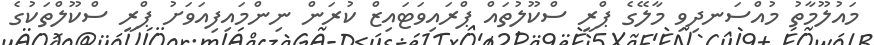
މައުލޫމާތު މުއްސަނދިވި މާލޭގެ ޕްރީ ސްކޫލުތައް ޕްރައިވަޓައިޒް ކުރަން ނިންމައިފިއަވަށު ޕްރީ ސްކޫލްތަކުގެ